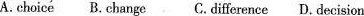
A.choice B.change C.difference D. decision